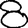
Digit: 8